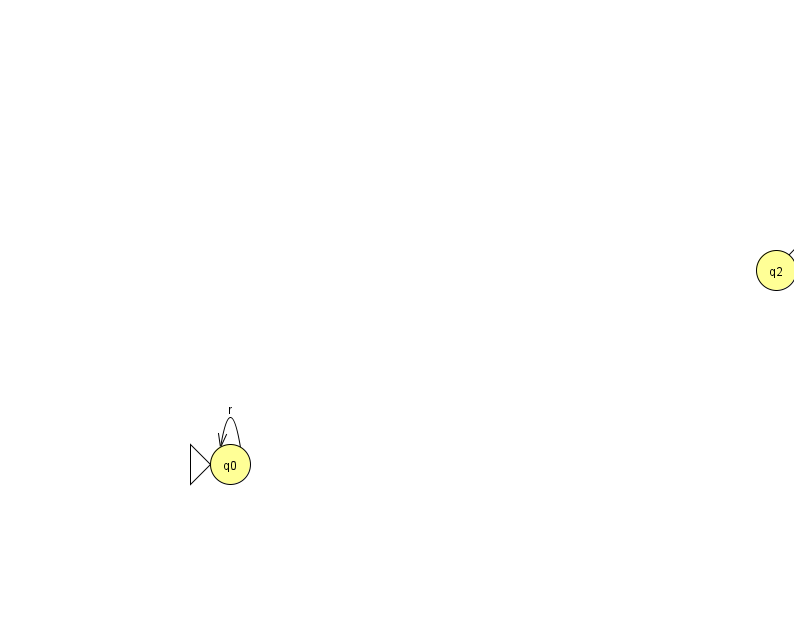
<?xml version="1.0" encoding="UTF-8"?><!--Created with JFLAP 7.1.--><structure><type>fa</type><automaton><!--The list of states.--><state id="0" name="q0"><x>230.0</x><y>451.0</y><initial/></state><state id="1" name="q1"><x>832.0</x><y>50.0</y><final/></state><state id="2" name="q2"><x>776.0</x><y>257.0</y></state><state id="3" name="q3"><x>859.0</x><y>173.0</y></state><!--The list of transitions.--><transition><from>0</from><to>0</to><read>r</read></transition><transition><from>1</from><to>3</to><read>N</read></transition><transition><from>2</from><to>3</to><read>a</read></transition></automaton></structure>